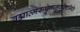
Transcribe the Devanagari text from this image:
ब्रह्मात्मरूपेणानुप्रविष्टमिति